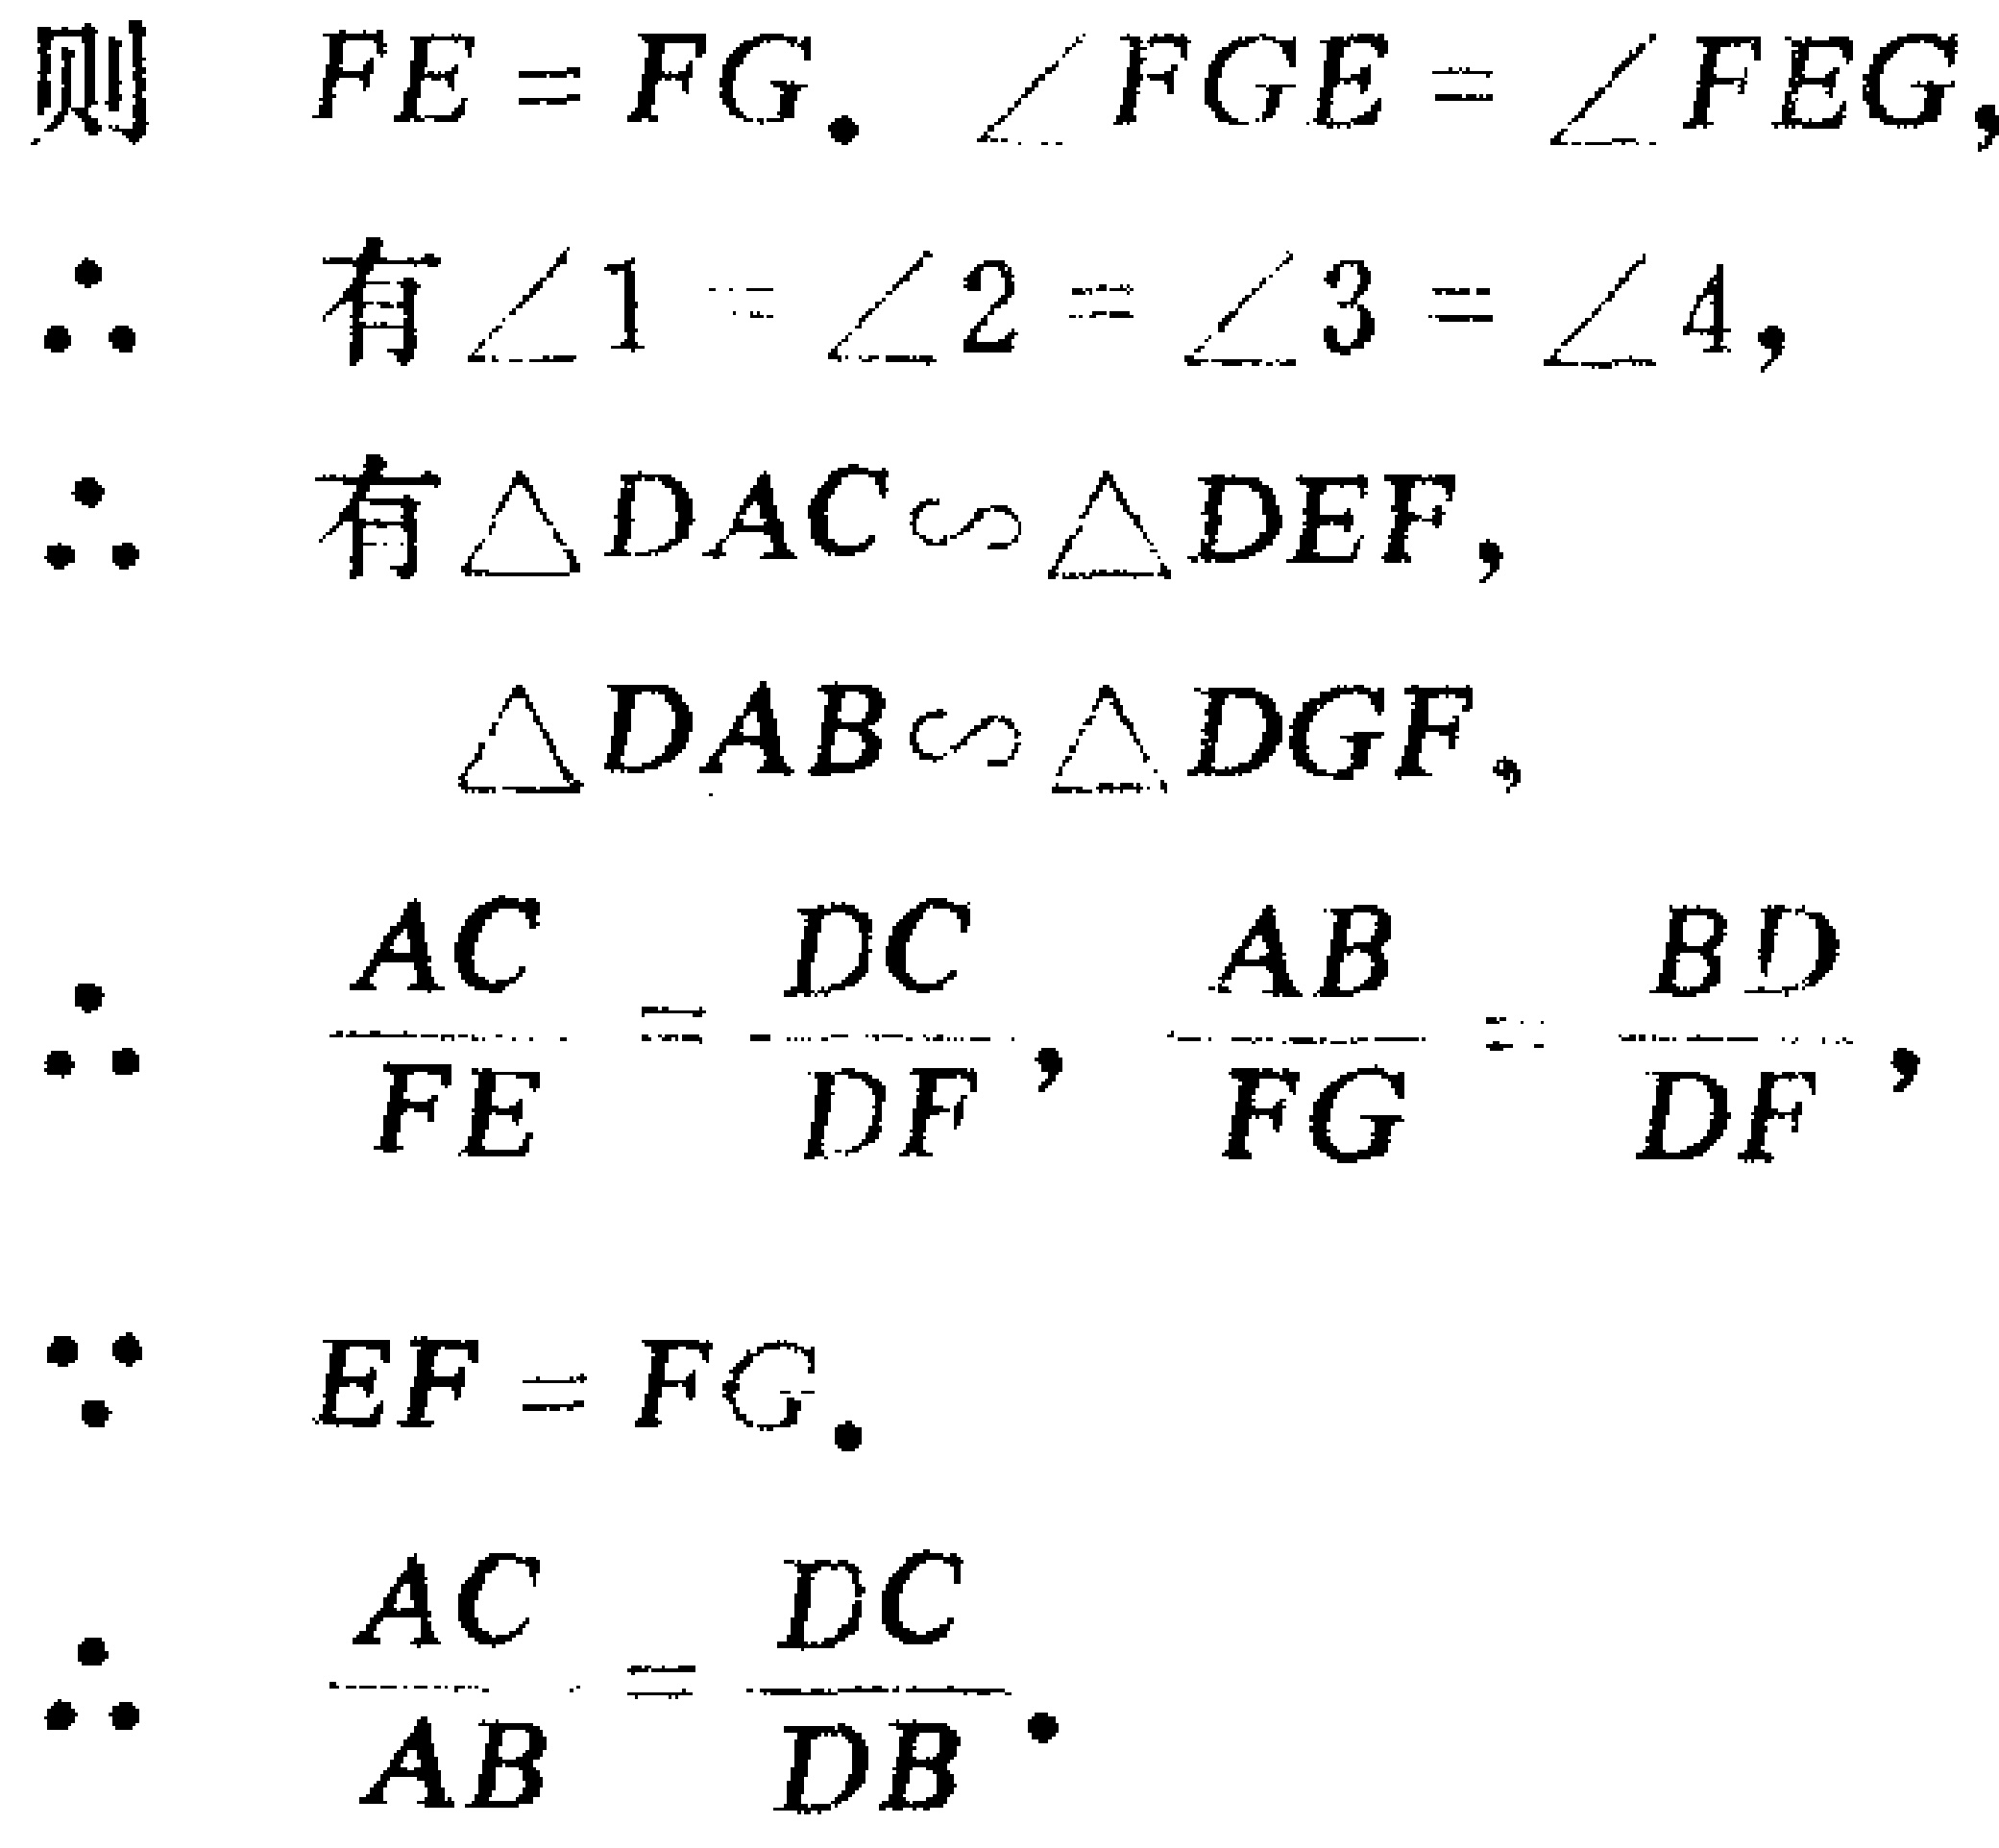
则 \(FE = FG\). \(\angle FGE=\angle FEG\),

\(\therefore\) 有 \(\angle 1 = \angle 2 = \angle 3 = \angle 4\),

\(\therefore\) 有 \(\triangle DAC\sim\triangle DEF\),

\(\triangle DAB\sim\triangle DGF\),

\(\therefore\) \(\frac{AC}{FE}=\frac{DC}{DF}\), \(\frac{AB}{FG}=\frac{BD}{DF}\),

\(\because\) \(EF = FG\).

\(\therefore\) \(\frac{AC}{AB}=\frac{DC}{DB}\).